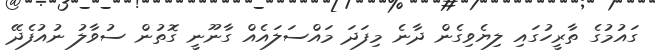
ގައުމުގެ ތާރީހުގައި ލިޔެވިގެން ދާނެ މިފަދަ މައްސަލައެއް ގާނޫނީ ގޮތުން ސުވާލު ނުއުފެދޭ